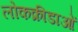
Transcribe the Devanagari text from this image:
लोकक्रीडाओं